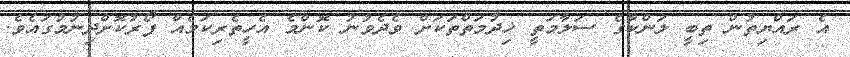
އެ ރައްޔިތުން ތިބީ ލަންކާގެ ސަލާމަތީ ޚިދުމަތްތަކަށް ވެދެވުނު ކޮންމެ އެހީތެރިކަމެއް ފޯރުކޮށްދިނުމުގައެވެ.